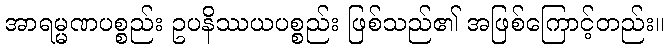
အာရမ္မဏပစ္စည်း ဥပနိဿယပစ္စည်း ဖြစ်သည်၏ အဖြစ်ကြောင့်တည်း။